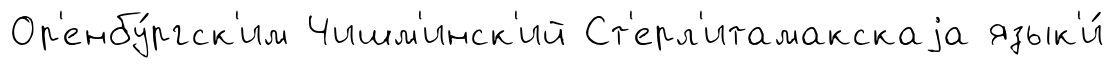
Ор'енбу́ргск'им Чишм'инск'ий Ст'ерл'итамакскаjа язык'и́